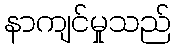
နာကျင်မှုသည်